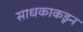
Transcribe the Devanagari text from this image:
साधकाकडून